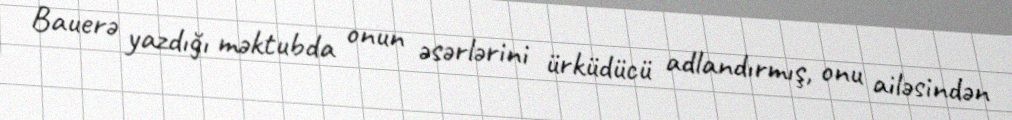
Bauerə yazdığı məktubda onun əsərlərini ürküdücü adlandırmış, onu ailəsindən